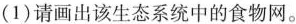
(1)请画出该生态系统中的食物网。